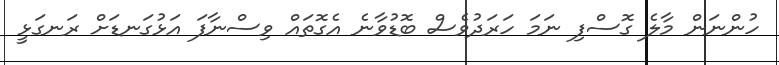
ހުންނަން މާލެ ގޮސްފި ނަމަ ހަރަދުވެސް ބޮޑުވާނެ އެގޮތައް ވިސްނާފަ އަޅުގަނޑަށް ރަނގަޅީ